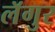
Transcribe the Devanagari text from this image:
लॅगुर